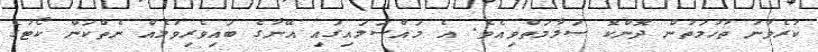
ކުރެވުނު ތުހުމަތުން ދޮންކޮ ސަލާމަތްވިއެވެ. އެ މައްސަލައިގައި އޭނާގެ ބައިވެރިވުމެއް ނެތްކަން ކޯޓުގެ